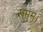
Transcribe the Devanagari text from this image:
सप्तम।